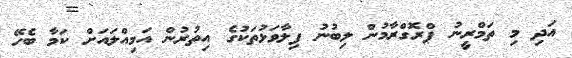
އަދި މި ތަމްރީނު ޕްރޮގްރާމުން ލިބުނު ފިލާވަޅުތަކުގެ އިތުރުން އަމިއްލައަށް ކަމާ ބެހޭ